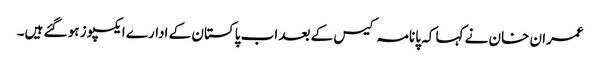
عمران خان نے کہا کہ پانامہ کیس کے بعد اب پاکستان کے ادارے ایکسپوز ہو گئے ہیں۔